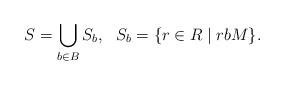
LaTeX: \begin{align*}S = \bigcup_{b \in B} S_b, \ \ S_b = \{r \in R \mid r b M\}.\end{align*}